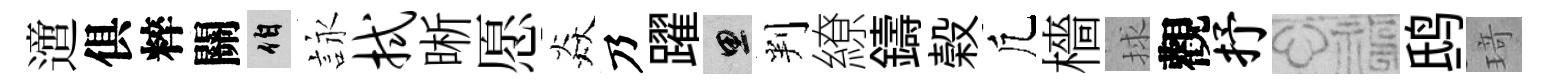
𨗁俱粹關伯詠拭晰愿焱乃躍思判繚鑄榖凢檣捄觀抒福鸱𤦺